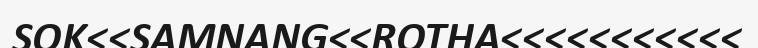
SOK<<SAMNANG<<ROTHA<<<<<<<<<<<